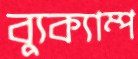
ব্যুক্যাম্প